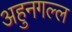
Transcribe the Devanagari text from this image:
अहुनगल्ल